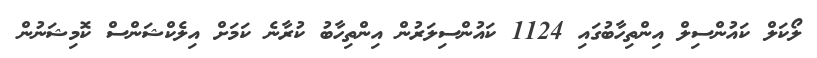
ލޯކަލް ކައުންސިލް އިންތިހާބުގައި 1124 ކައުންސިލަރުން އިންތިހާބު ކުރާނެ ކަމަށް އިލެކްޝަންސް ކޮމިޝަނުން